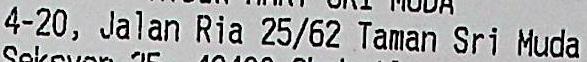
4-20, JALAN RIA 25/62 TAMAN SRI MUDA